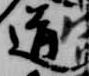
道